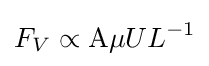
F_{V}\propto \mathrm {A} \mu UL^{-1}